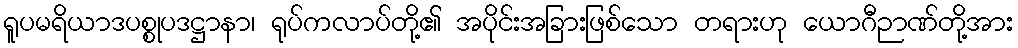
ရူပမရိယာဒပစ္စုပဒဋ္ဌာနာ၊ ရုပ်ကလာပ်တို့၏ အပိုင်းအခြားဖြစ်သော တရားဟု ယောဂီဉာဏ်တို့အား